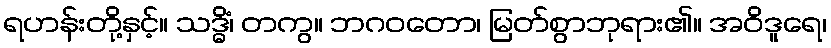
ရဟန်းတို့နှင့်။ သဒ္ဓိံ၊ တကွ။ ဘဂဝတော၊ မြတ်စွာဘုရား၏။ အဝိဒူရေ၊